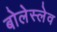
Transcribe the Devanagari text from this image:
बोलेस्लेव